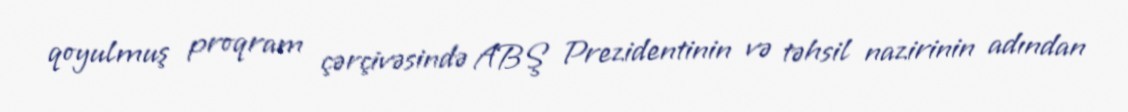
qoyulmuş proqram çərçivəsində ABŞ Prezidentinin və təhsil nazirinin adından